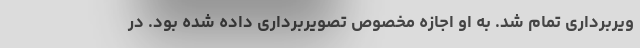
ویربرداری تمام شد. به او اجازه مخصوص تصویربرداری داده شده بود. در